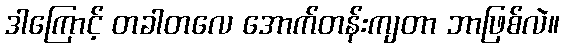
ဒါကြောင့် တခါတလေ အောက်တန်းကျတာ ဘာဖြစ်လဲ။